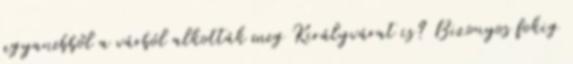
ugyanebből a várból alkották meg Királyvárat is? Bizonyos fokig